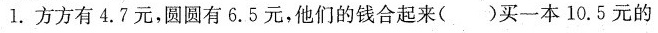
1. 方方有4.7元，圆圆有6.5元，他们的钱合起来()买一本10.5元的